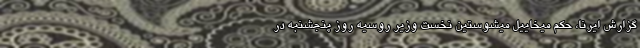
گزارش ایرنا، حکم میخاییل میشوستین نخست وزیر روسیه روز پنجشنبه در